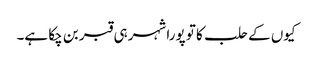
کیوں کے حلب کا تو پورا شہر ہی قبر بن چکا ہے۔